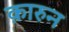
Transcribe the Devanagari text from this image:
क़ारुन